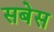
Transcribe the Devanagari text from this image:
सबेस